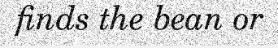
finds the bean or